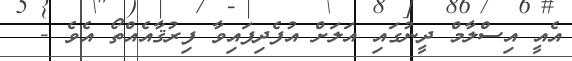
އެއީ އިސްލާމް ދީނުގައި އަލަށް އުފެދިފައިވާ ފިރުޤާއެއްތޯ އެވެ -